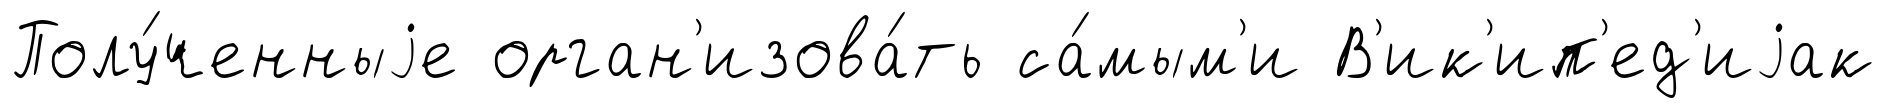
Полу́ченныjе орган'изова́ть са́мым'и В'ик'ип'ед'иjак